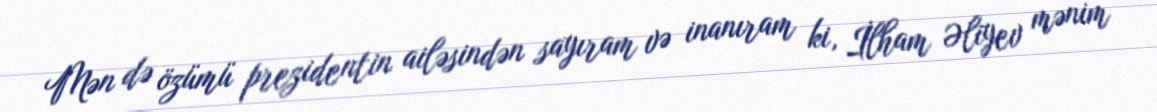
Mən də özümü prezidentin ailəsindən sayıram və inanıram ki, İlham Əliyev mənim